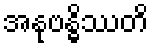
အနုဗန္ဓိဿတိ